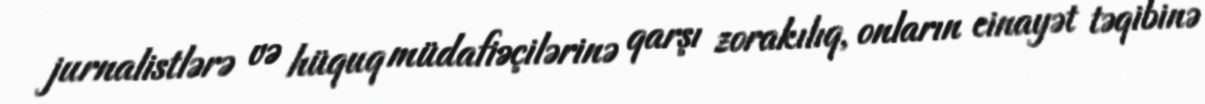
jurnalistlərə və hüquq müdafiəçilərinə qarşı zorakılıq, onların cinayət təqibinə